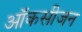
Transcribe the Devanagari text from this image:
ऑकसीजन